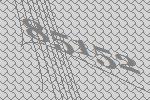
85152